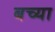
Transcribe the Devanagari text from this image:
बच्या